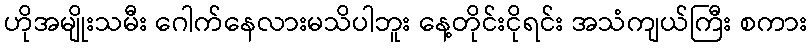
ဟိုအမျိုးသမီး ဂေါက်နေလားမသိပါဘူး နေ့တိုင်းငိုရင်း အသံကျယ်ကြီး စကား